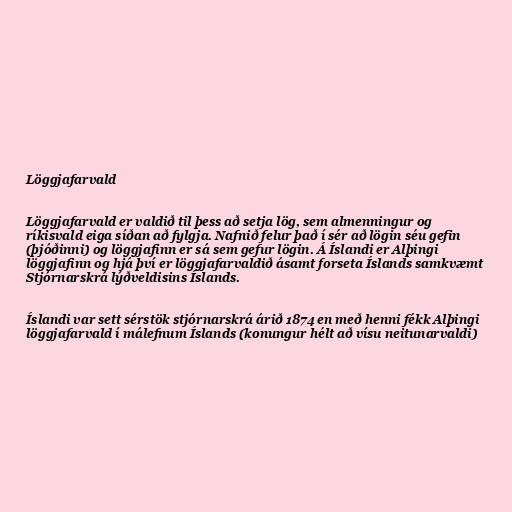
Löggjafarvald

Löggjafarvald er valdið til þess að setja lög, sem almenningur og
ríkisvald eiga síðan að fylgja. Nafnið felur það í sér að lögin séu gefin
(þjóðinni) og löggjafinn er sá sem gefur lögin. Á Íslandi er Alþingi
löggjafinn og hjá því er löggjafarvaldið ásamt forseta Íslands samkvæmt
Stjórnarskrá lýðveldisins Íslands.

Íslandi var sett sérstök stjórnarskrá árið 1874 en með henni fékk Alþingi
löggjafarvald í málefnum Íslands (konungur hélt að vísu neitunarvaldi)